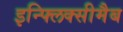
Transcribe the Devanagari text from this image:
इन्फ्लिक्सीमैब